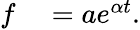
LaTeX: \begin{array}{rl}{f}&{{}=ae^{\alpha t}.}\end{array}